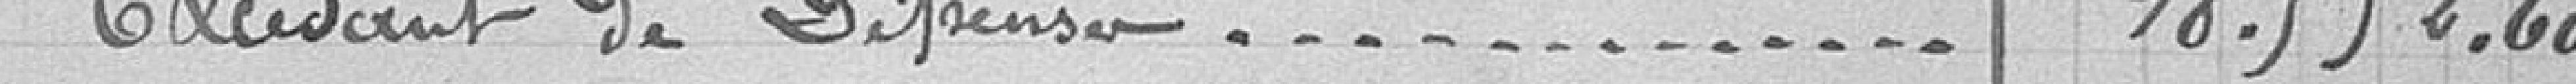
Excédent de dépenses......18.552.60